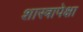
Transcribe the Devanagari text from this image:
शास्त्रापेक्षा